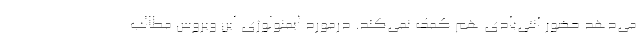
می‌دهد حضور آنتی‌بادی هم کمک نمی‌کند. درمورد ایمنولوژی این ویروس مطالب